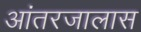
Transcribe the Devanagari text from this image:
आंतरजालास